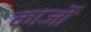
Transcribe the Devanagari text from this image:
कार्जों